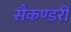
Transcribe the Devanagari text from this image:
सैकण्‍डरी